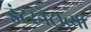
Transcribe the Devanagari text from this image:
इंटरनेटाच्या